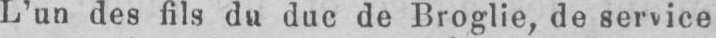
L’un des fils du duc de Broglie, de service